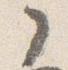
ノ